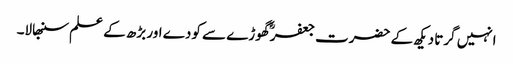
انہیں گرتا دیکھ کے حضرت جعفرؓ گھوڑے سے کودے اور بڑھ کے علم سنبھالا۔